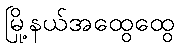
မြို့နယ်အထွေထွေ